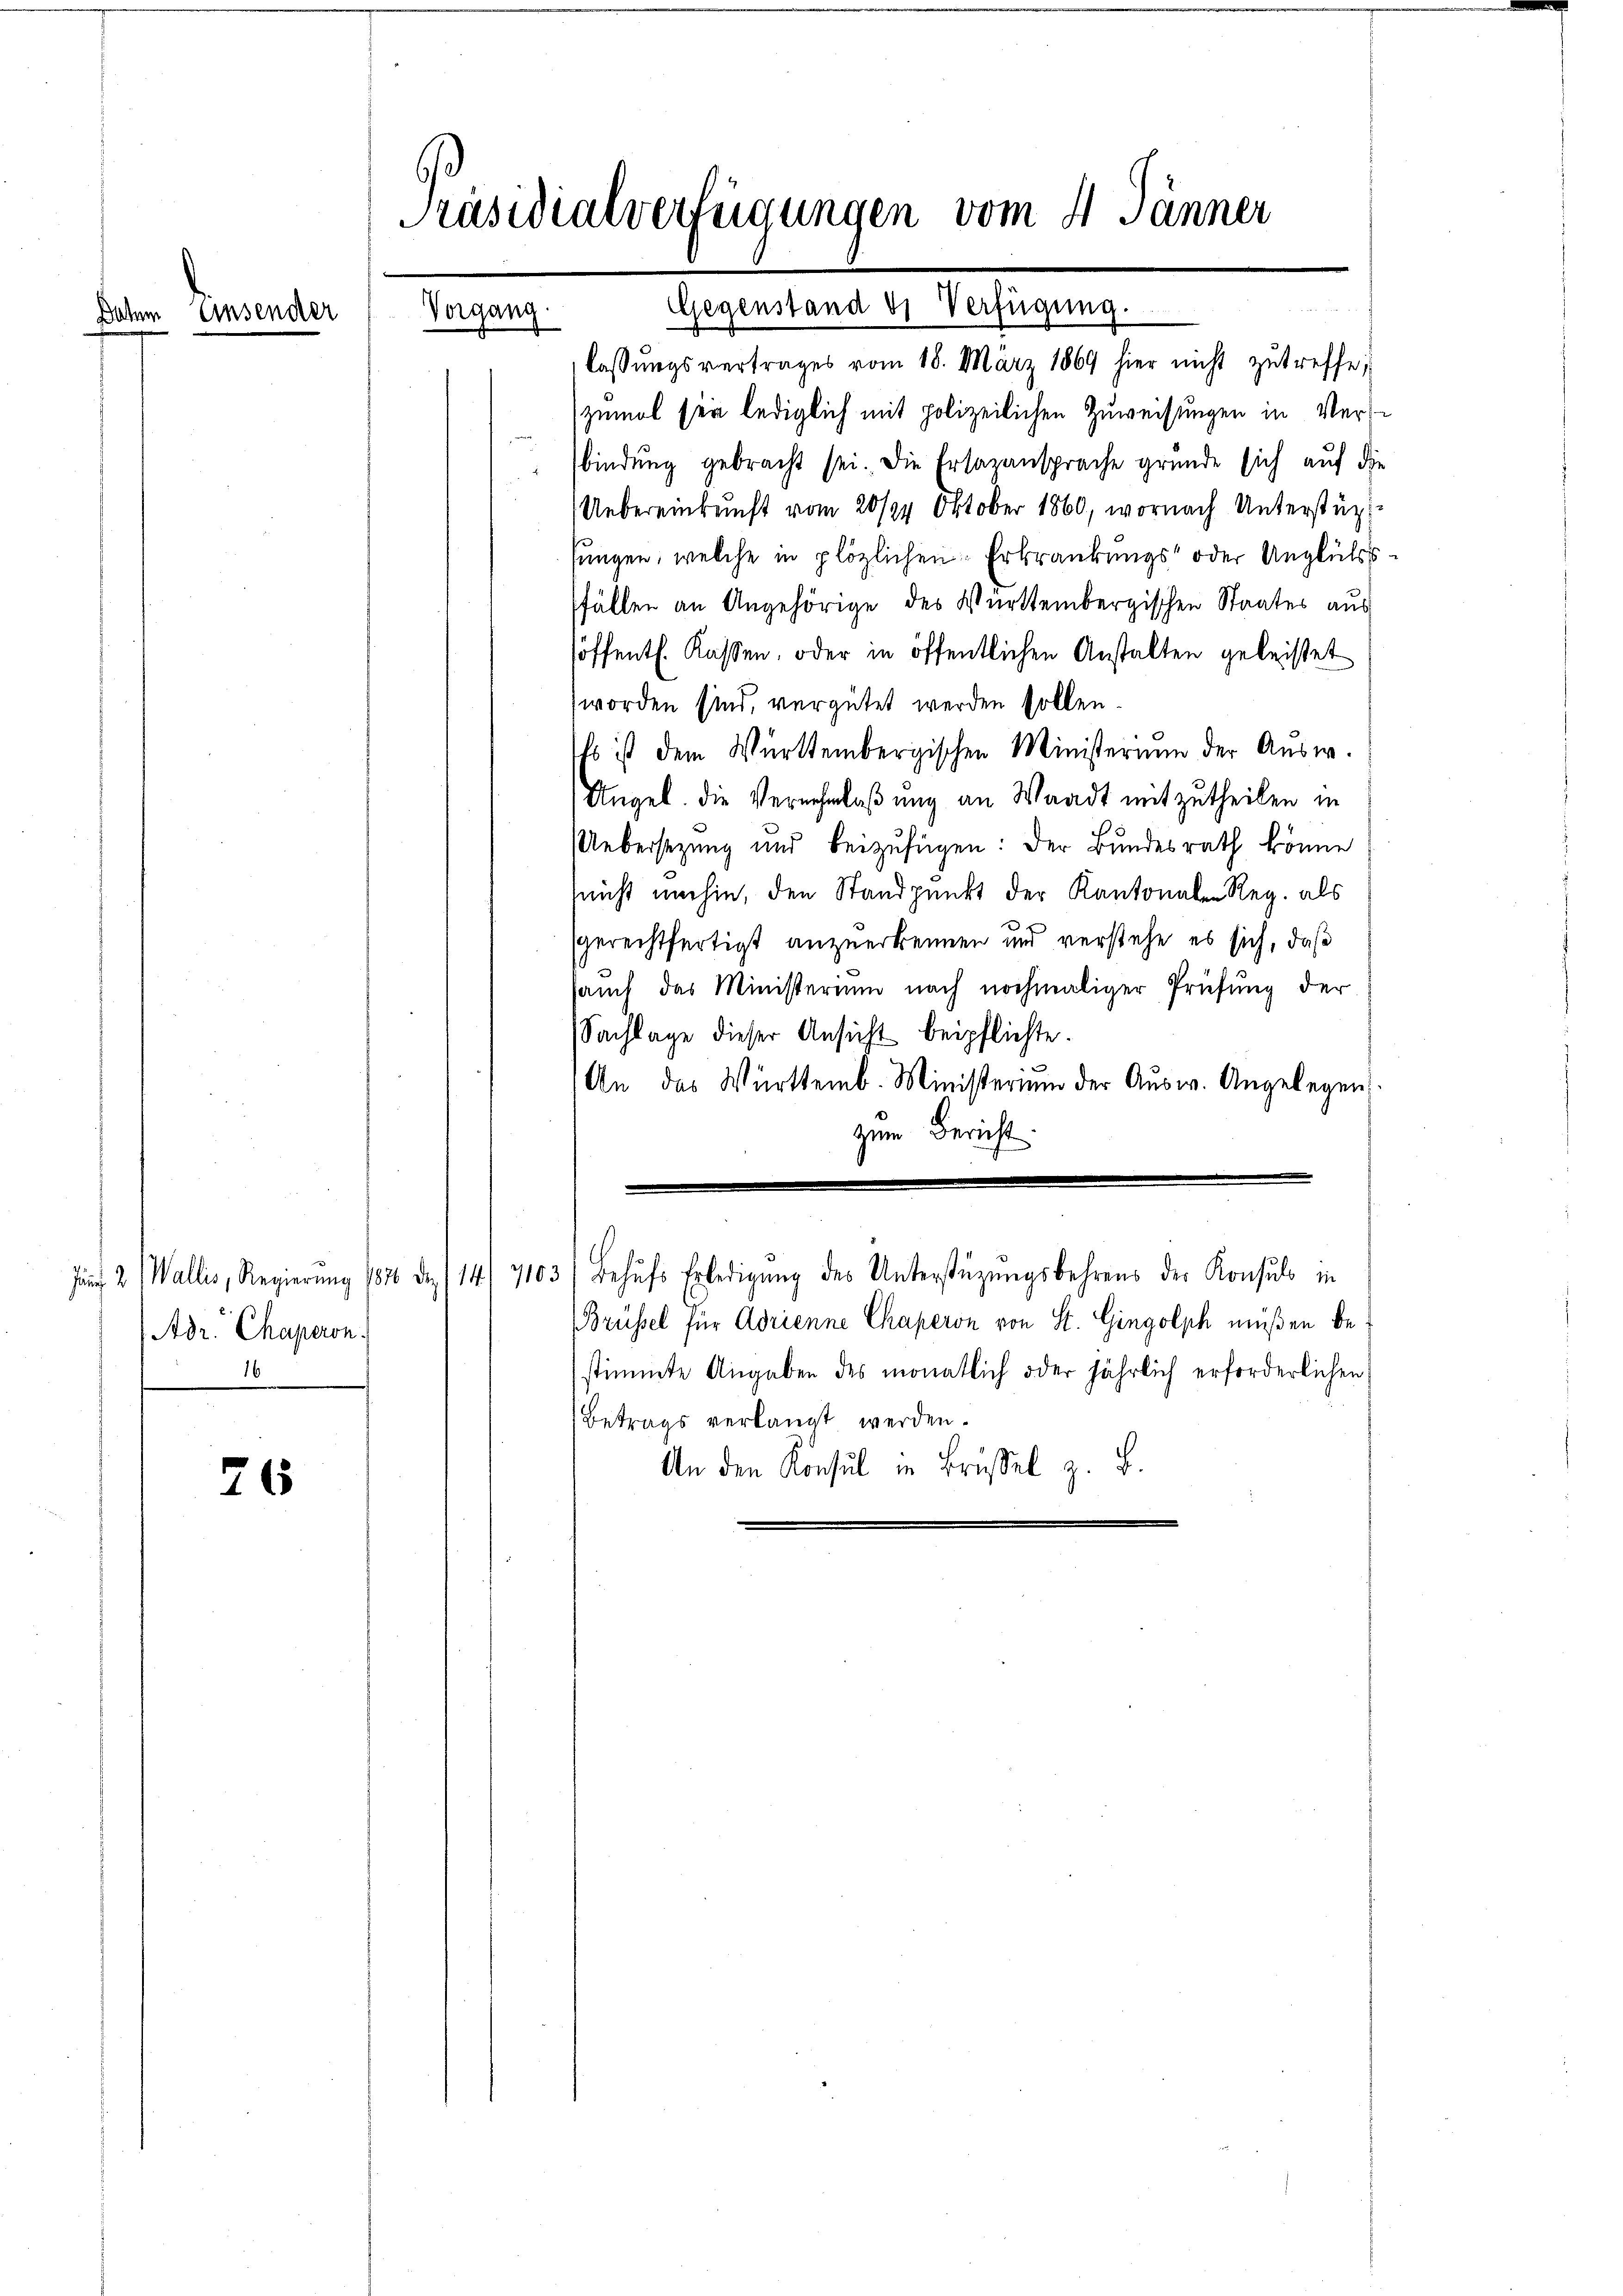
Einsender

26

Vorgang.

Adr. Chaperon
16

Präsidialverfügungen vom 4. Jänner

lassŭngsvertrages vom 18. März 1869 hier nicht zutreffe,
zumal sein lediglich mit polizeilichen Zuweisungen in Versbindung gebracht sei. Die Ersazansprache grunde sich auf die
Uebereinkunft vom 20/24. Oktober 1860, wornach Unterstützt
sungen, welche in plözlichen Erkrankungs- oder Unglükssfällen an Angehörige des Württembergischen Staates aus
höffentl. Kassen, oder in öffentlichen Anstalten geleistet
worden sind, vergütet werden sollen.
Es ist dem Württembergischen Ministerium der Aŭsw.
Ungel. Die Vernehmlaßung an Waadt mitzutheilen in
Uebersezung und beizufügen: Der Bundesrath könne
(nicht umhin, den Standpunkt der Kantonalen Reg. als
gerechtfertigt anzuerkennen und verstehe es sich, daß
sauch das Ministerium nach nochmaliger Prüfung der
Sachlage dieser Ansicht beipflichte.
An das Württemb. Ministerium der Aŭsw. Angelegen.
zum Bericht.

Gegenstand es Verfügung.

Jan 2 (Wallis, Regierŭng 1876 da. (14/ 7103) Behŭfs Erledigŭng des Unterstüzungsbehrens der Konsuls in
Brüssel für Adrienne Chaperon von St. Gingolph müßen bestimmte Angaben des monatlich oder jährlich erforderlichen
Betrags verlangt werden.
An den Konsul in Brüßel z. B.